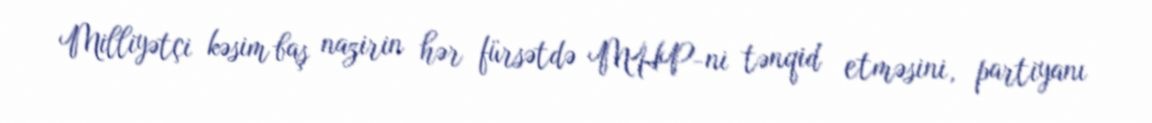
Milliyətçi kəsim baş nazirin hər fürsətdə MHP-ni tənqid etməsini, partiyanı